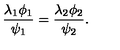
\frac { \lambda _ { 1 } \phi _ { 1 } } { \psi _ { 1 } } = \frac { \lambda _ { 2 } \phi _ { 2 } } { \psi _ { 2 } } .